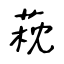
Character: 萙